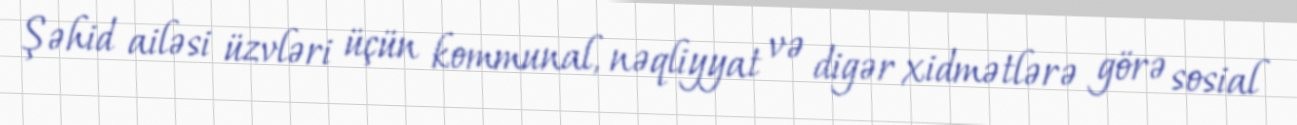
Şəhid ailəsi üzvləri üçün kommunal, nəqliyyat və digər xidmətlərə görə sosial